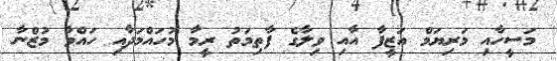
މަސީހާއި މަރިޔަމް އަޒީފާ އާއި ވިލާގެ ފާތިމަތު ރީމާ މުހައްމަދާއި ހައްވާ މުޒްނާ